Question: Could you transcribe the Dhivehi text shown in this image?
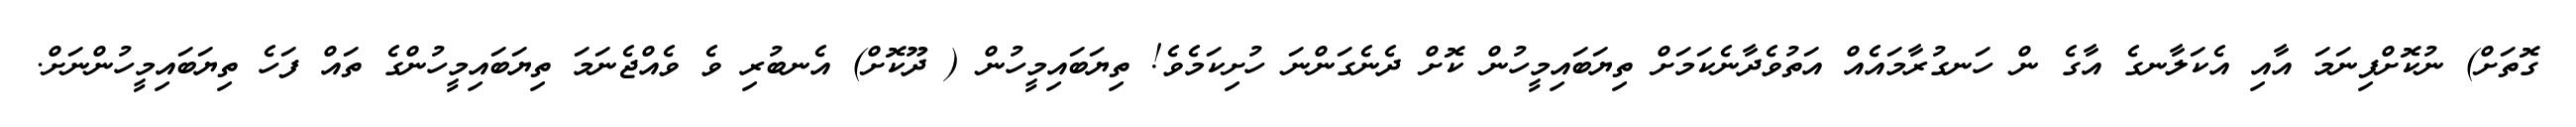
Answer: ގޮތަށް) ނުކޮށްފިނަމަ އާއި އެކަލާނގެ އާގެ ން ހަނގުރާމައެއް އަތުވެދާނެކަމަށް ތިޔަބައިމީހުން ކޮށް ދެނެގަންނަ ހުށިކަމެވެ! ތިޔަބައިމީހުން ( ދޫކޮށް) އެނބުރި ވެ ވެއްޖެނަމަ ތިޔަބައިމީހުންގެ ތައް ފަހެ ތިޔަބައިމީހުންނަށް.